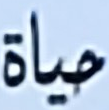
حياة